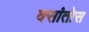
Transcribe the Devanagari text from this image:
क्सांतोस